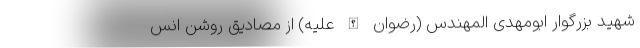
شهید بزرگوار ابومهدی المهندس (رضوان الله علیه) از مصادیق روشن انس